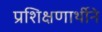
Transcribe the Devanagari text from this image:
प्रशिक्षणार्थीने